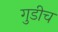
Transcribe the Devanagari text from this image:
गुडीच